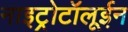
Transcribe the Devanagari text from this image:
नाइट्रोटॉलूईन